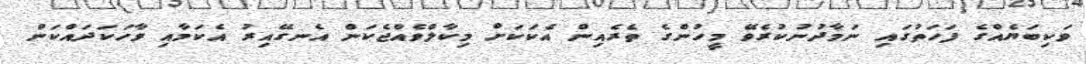
ވަކިބަޔެއްގެ ފަހަތުގައި ނަމާދުނުކުރެވޭ މީހުންގެ ތެރެއިން އެކަކަށް މިކާލްވެއްޖެކަން އެނގޭއިރު އެކަމާއި ވާހަކަދައްކަން